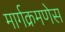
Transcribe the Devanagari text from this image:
मार्गक्रमणेस